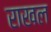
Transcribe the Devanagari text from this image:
राखल